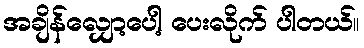
အချိန်လျှော့ပေါ့ ပေးလိုက် ပါတယ်။